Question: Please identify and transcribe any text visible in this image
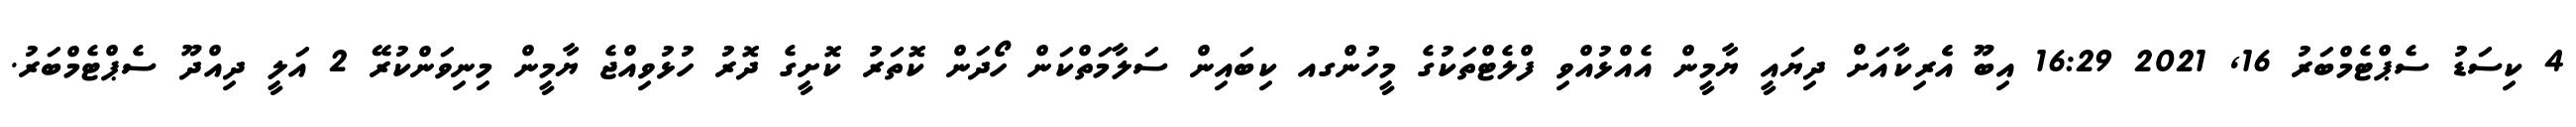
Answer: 4 ކިސަޑު ސެޕްޓެމްބަރު 16, 2021 16:29 އިބޫ އެެރިކާއަށް ދިޔައީ ޔާމީން އެއްޅުއްވި ފްލެޓްތަކުގެ މީހުންގއ ކިބައިން ސަލާމަތްކަން ހޯދަން ކޮތަރު ކޮށީގެ ދޮރު ހުޅުވިއްޖެ ޔާމީން މިނިވަންކުރޭ 2 އަލީ ދިއްދޫ ސެޕްޓެމްބަރު.